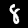
Label: 8